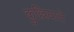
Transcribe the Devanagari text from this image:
कुल्लियाते